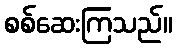
စစ်ဆေးကြသည်။